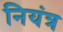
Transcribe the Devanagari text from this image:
नियंत्र